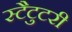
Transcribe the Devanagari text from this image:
स्टैटुटरी